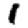
Digit: 1